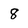
Character: 8